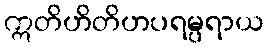
ဣတိဟိတိဟပရမ္ပရာယ